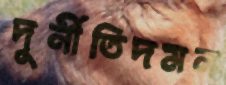
দুর্নীতিদমন